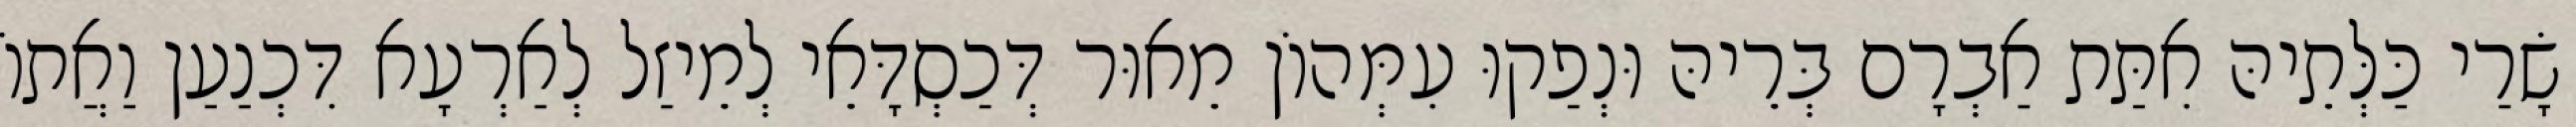
שָׂרַי כַּלְּתֵיהּ אִתַּת אַבְרָם בְּרֵיהּ וּנְפַקוּ עִמְּהוֹן מֵאוּר דְּכַסְדָּאֵי לְמֵיזַל לְאַרְעָא דִּכְנַעַן וַאֲתוֹ